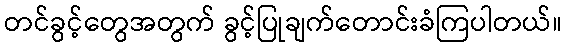
တင်ခွင့်တွေအတွက် ခွင့်ပြုချက်တောင်းခံကြပါတယ်။